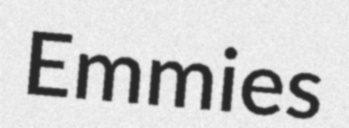
Emmies